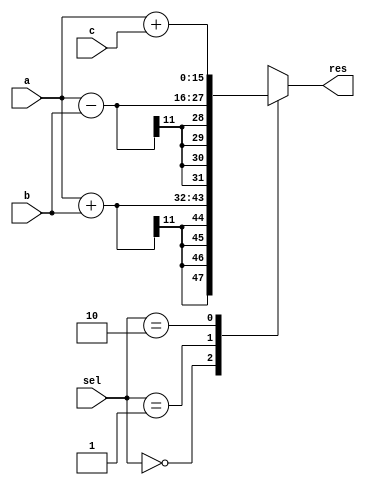
module opt_share_test(
  input signed [7:0]       a,
  input signed [10:0]      b,
  input signed [15:0]      c,
  input [1:0]              sel,
  output reg signed [15:0] res
  );

  always @* begin
    case(sel)
      0: res = a + b;
      1: res = a - b;
      2: res = a + c;
      default: res = 16'bx;
    endcase
  end

endmodule